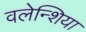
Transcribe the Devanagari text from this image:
वलेन्शिया